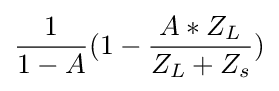
{\frac {1}{1-A}}(1-{\frac {A*Z_{L}}{Z_{L}+Z_{s}}})